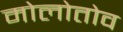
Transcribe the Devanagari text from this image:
मोलोतोव